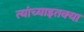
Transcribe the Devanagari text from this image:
त्यांच्याइतक्या